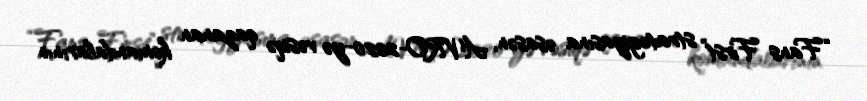
“Fans First” strategiyasına əsasən, AVRO-2020-yə vəsiqə qazanan komandalarının